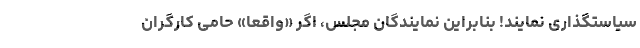
سیاستگذاری نمایند! بنابراین نمایندگان مجلس، اگر «واقعاً» حامی کارگران